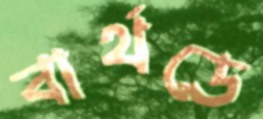
বার্থডে